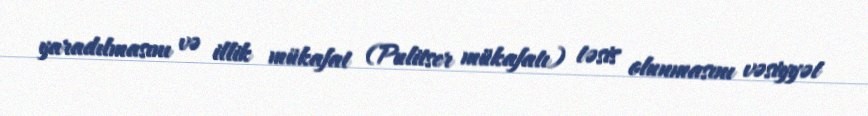
yaradılmasını və illik mükafat (Pulitser mükafatı) təsis olunmasını vəsiyyət